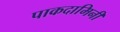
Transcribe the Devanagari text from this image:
पाकदामिनी